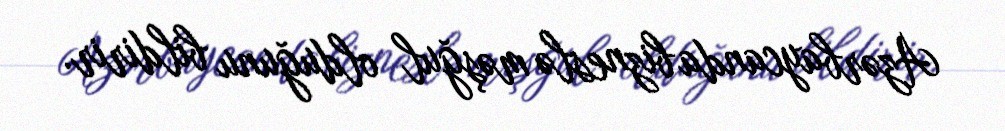
Azərbaycanda bizneslə məşğul olduğunu bildirir.